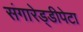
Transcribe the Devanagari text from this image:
संगारेड्डीपेटा